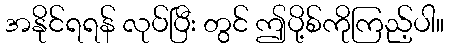
အနိုင်ရရန် လုပ်ပြီး တွင် ဤပို့စ်ကိုကြည့်ပါ။